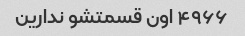
۴۹۶۶ اون قسمتشو ندارین